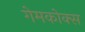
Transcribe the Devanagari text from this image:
गेमकोक्स